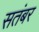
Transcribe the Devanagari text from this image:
सतंबर